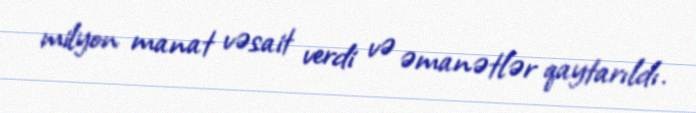
milyon manat vəsait verdi və əmanətlər qaytarıldı.